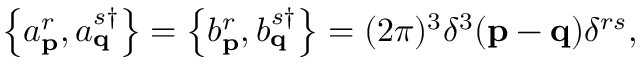
\left\{ a _ { \mathbf { p } } ^ { r } , a _ { \mathbf { q } } ^ { s \dagger } \right\} = \left\{ b _ { \mathbf { p } } ^ { r } , b _ { \mathbf { q } } ^ { s \dagger } \right\} = ( 2 \pi ) ^ { 3 } \delta ^ { 3 } ( \mathbf { p } - \mathbf { q } ) \delta ^ { r s } ,